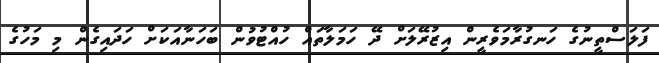
ފަލަސްތީނުގެ ހަނގުރާމަވެރީން އިޒުރޭލަށް ދޭ ހަމަލާތައް ހުއްޓުވުން ބަހަނާއަކަށް ހަދައިގެން މި މަހުގެ